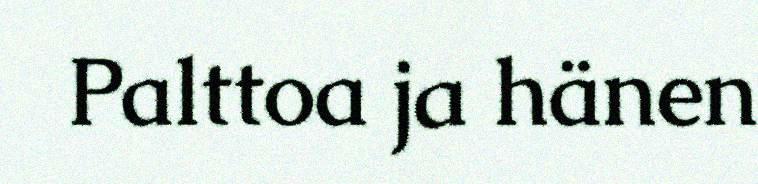
Palttoa ja hänen